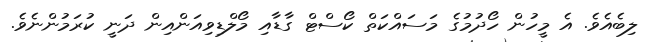
ލިބެއެވެ. އެ މީހުން ހޯދުމުގެ މަސައްކަތް ކޯސްޓް ގާޑާއި މޯލްޑިވިއަންއިން ދަނީ ކުރަމުންނެވެ.